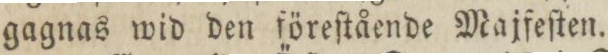
gagnas wid den föreſtående Majfeſten.